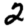
Digit: 2